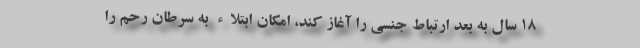
۱۸ سال به بعد ارتباط جنسی را آغاز کند، امکان ابتلاء به سرطان رحم را